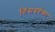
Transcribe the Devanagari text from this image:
गिंसबर्गका